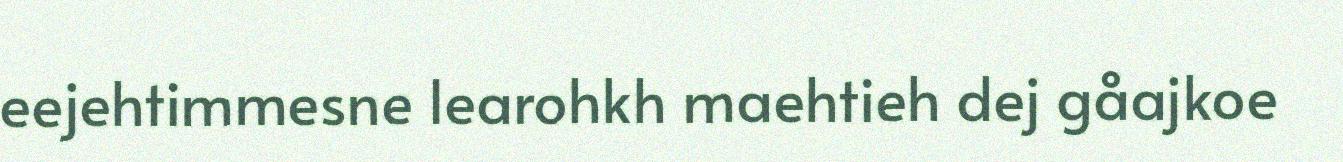
eejehtimmesne learohkh maehtieh dej gåajkoe